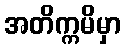
အတိက္ကမိမှာ